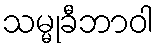
သမ္မုခီဘာဝါ